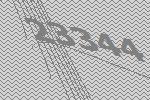
23344